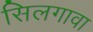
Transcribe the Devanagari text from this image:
सिलगावा